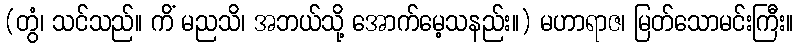
(တွံ၊ သင်သည်။ ကိံ မညသိ၊ အဘယ်သို့ အောက်မေ့သနည်း။) မဟာရာဇ၊ မြတ်သောမင်းကြီး။